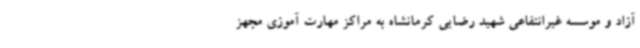
آزاد و موسسه غیرانتفاعی شهید رضایی کرمانشاه به مراکز مهارت آموزی مجهز